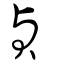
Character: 貞